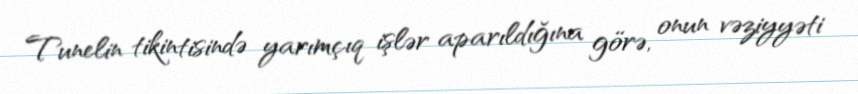
Tunelin tikintisində yarımçıq işlər aparıldığına görə, onun vəziyyəti